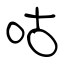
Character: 咕